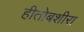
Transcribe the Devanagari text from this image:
हीतोबशीरा